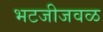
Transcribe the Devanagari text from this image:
भटजीजवळ